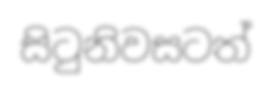
සිටුනිවසටත්